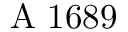
\mathrm { ~ A ~ } 1 6 8 9